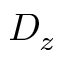
D _ { z }